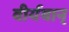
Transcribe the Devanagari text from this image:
वीर्यवान्‌